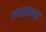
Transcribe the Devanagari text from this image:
गप्पाष्टककार